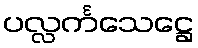
ပလ္လင်္ကသေဋ္ဌေ